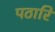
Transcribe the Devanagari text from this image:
पठारिं